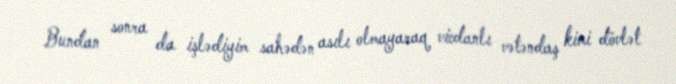
Bundan sonra da işlədiyim sahədən asılı olmayaraq vicdanlı vətəndaş kimi dövlət